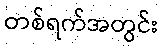
တစ်ရက်အတွင်း